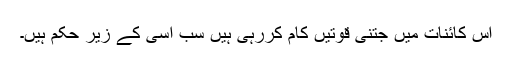
اس کائنات میں جتنی قوتیں کام کررہی ہیں سب اسی کے زیرِ حکم ہیں۔